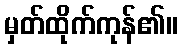
မှတ်ထိုက်ကုန်၏။